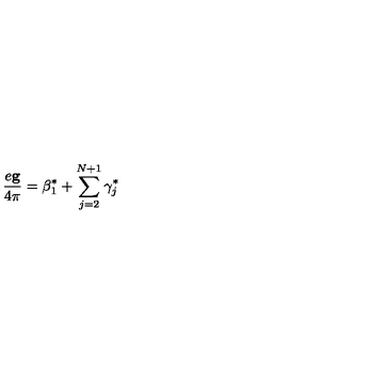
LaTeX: \frac { e { \bf g } } { 4 \pi } = { \mathrm { \boldmath \beta } } _ { 1 } ^ { * } + \sum _ { j = 2 } ^ { N + 1 } { \mathrm { \boldmath \gamma } } _ { j } ^ { * }